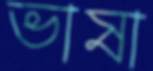
ভাষা